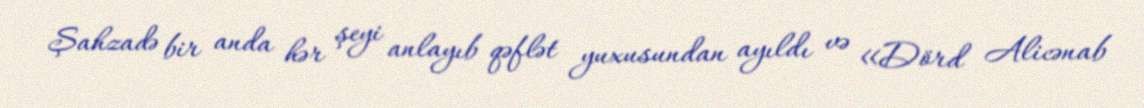
Şahzadə bir anda hər şeyi anlayıb qəflət yuxusundan ayıldı və «Dörd Alicənab